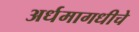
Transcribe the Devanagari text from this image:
अर्धमागधीचे